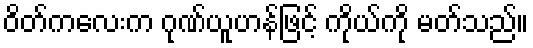
ဝိတ်ကလေးက ဂုဏ်ယူဟန်ဖြင့် ကိုယ်ကို မတ်သည်။